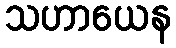
သဟာယေန